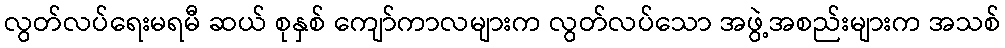
လွတ်လပ်ရေးမရမီ ဆယ် စုနှစ် ကျော်ကာလများက လွတ်လပ်သော အဖွဲ့အစည်းများက အသစ်